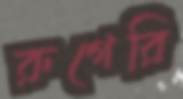
রুগেরি